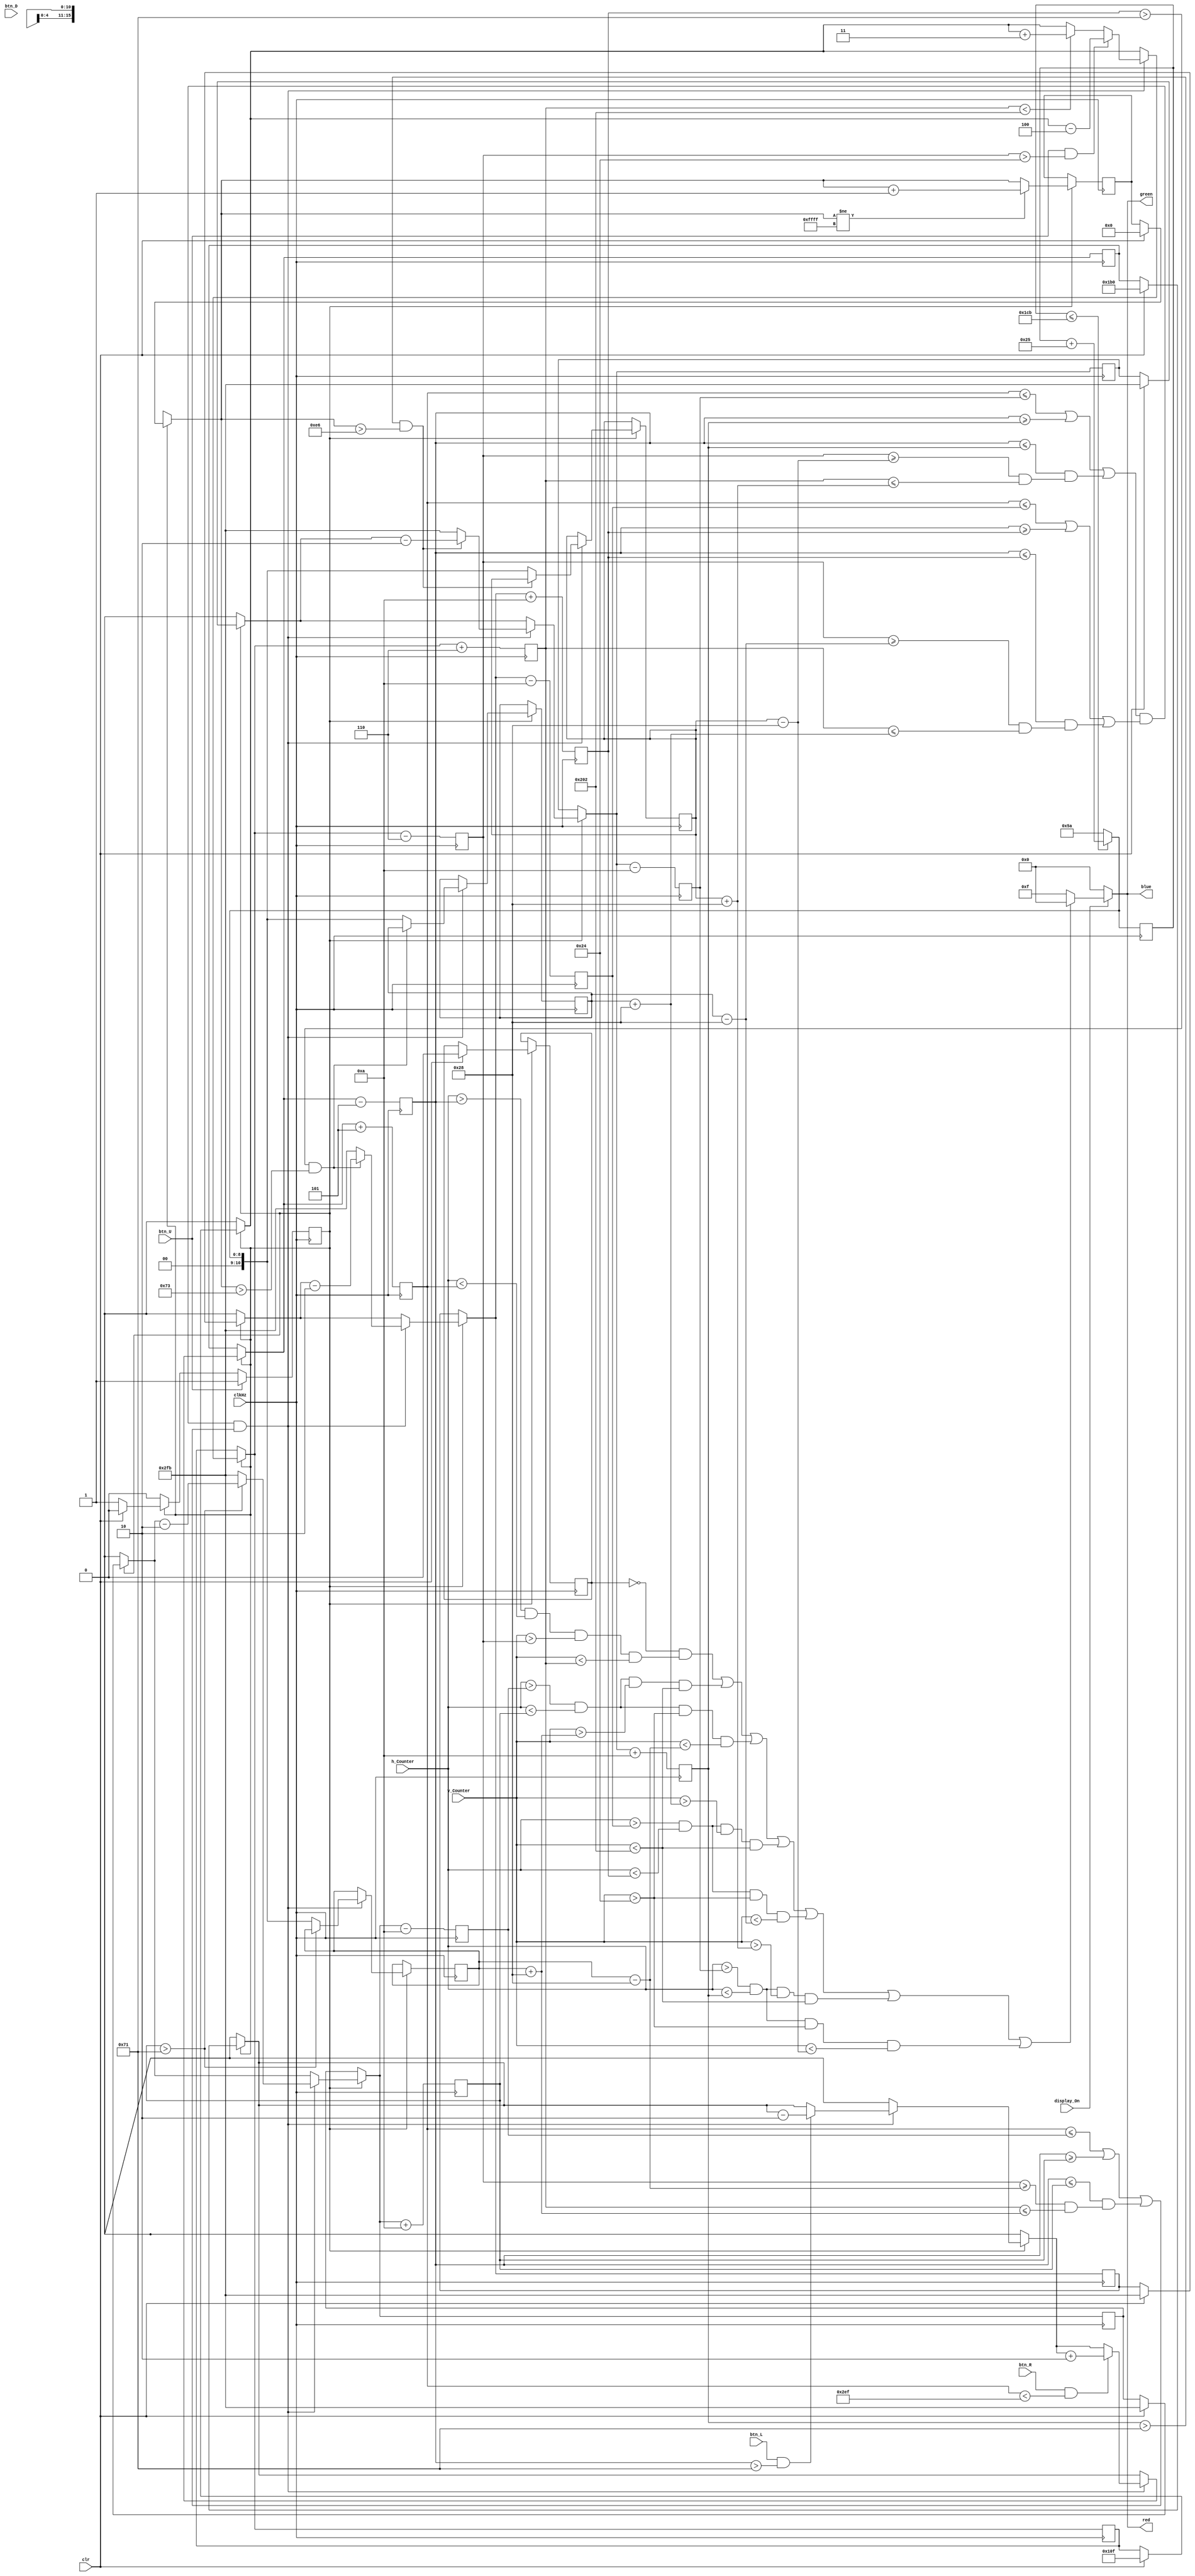
`timescale 1ns / 1ps

module out_Put(
    input wire display_On,
    input wire [9:0] h_Counter, v_Counter,
    input wire btn_U, btn_D, btn_L, btn_R,
    input wire clkHz,
    input wire clr,
    output reg [3:0] red, green, blue
    );
    
    // Screen Bounds
    localparam left_Bound = 113;
    localparam right_Bound = 751;
    localparam top_Bound = 36;
    localparam bot_Bound = 514;
    localparam midpoint = 271;
    localparam midpoint_Bot = 460;
    localparam midpoint_Top = 90;
    
    // wire for game over screen
    reg game_Over = 0;
    reg game_Start = 0;
    reg [8:0] random_Counter = midpoint_Top;
    
    // Counter for second and third pipes
    reg [15:0] counter = 0;
    
    // box information
    reg [10:0] box_X = 432;
    reg [10:0] box_Y = 271;
    reg [10:0] X_Left;
    reg [10:0] X_Right;
    reg [10:0] Y_Top;
    reg [10:0] Y_Bot;
    
    // Pipe 1 information
    reg [10:0] pipe_X = 763;
    reg [10:0] pipe_Y = bot_Bound;
    reg [10:0] p_1_Midpoint = midpoint;
    reg [10:0] p_X_Left;
    reg [10:0] p_X_Right;
    wire [10:0] p_Y_Top  = p_1_Midpoint + 40;
    reg [10:0] p_Y_Bot = bot_Bound;
    wire [10:0] p_Y_Top_Half_Bot = (p_1_Midpoint - 40);
    reg [10:0] p_Y_Top_Half_Top = top_Bound;
    
    // Pipe 2 information
    reg [10:0] pipe_2_X = 763;
    reg [10:0] pipe_2_Y = bot_Bound;
    reg [10:0] p_2_Midpoint = midpoint;
    reg [10:0] p_2_X_Left;
    reg [10:0] p_2_X_Right;
    wire [10:0] p_2_Y_Top = p_2_Midpoint + 40;
    reg [10:0] p_2_Y_Bot = bot_Bound;
    wire [10:0] p_2_Y_Top_Half_Bot = (p_2_Midpoint - 40);
    reg [10:0] p_2_Y_Top_Half_Top = top_Bound;
    
    // Pipe 3 information
    reg [10:0] pipe_3_X = 763;
    reg [10:0] pipe_3_Y = bot_Bound;
    reg [10:0] p_3_Midpoint = midpoint;
    reg [10:0] p_3_X_Left;
    reg [10:0] p_3_X_Right;
    wire [10:0] p_3_Y_Top = p_3_Midpoint + 40;
    reg [10:0] p_3_Y_Bot = bot_Bound;
    wire [10:0] p_3_Y_Top_Half_Bot = (p_3_Midpoint - 40);
    reg [10:0] p_3_Y_Top_Half_Top = top_Bound;
    
    // Update box and pipe x and y coordinates and calculate collision
    always @ (posedge clkHz)
    begin
        if(random_Counter <= midpoint_Bot - 1) random_Counter = random_Counter + 37;
        else random_Counter = midpoint_Top;
        
        if(game_Start)
        begin
            if(clr)
            begin
                box_X = 432;     box_Y = 271;
                counter = 0;
                pipe_X = 763;    pipe_Y = bot_Bound;
                pipe_2_X = 763;  pipe_2_Y = bot_Bound;
                pipe_3_X = 763;  pipe_3_Y = bot_Bound;
                game_Over = 0;
                game_Start = 0;
            end
            if(  (X_Right <= p_3_X_Left || X_Left >= p_3_X_Right 
                || ( (X_Left <= p_3_X_Right) && (Y_Top >= p_3_Y_Top_Half_Bot && Y_Bot <= p_3_Y_Top) ))
                  && (X_Right <= p_2_X_Left || X_Left >= p_2_X_Right 
                    || ( (X_Left <= p_2_X_Right) && (Y_Top >= p_2_Y_Top_Half_Bot && Y_Bot <= p_2_Y_Top) ))
                      && (X_Right <= p_X_Left || X_Left >= p_X_Right 
                        || ( (X_Left <= p_X_Right) && (Y_Top >= p_Y_Top_Half_Bot && Y_Bot <= p_Y_Top) ) ) )
            begin
                if( btn_U && Y_Top > top_Bound )                box_Y = box_Y - 4;
                else if( Y_Bot < bot_Bound )                    box_Y = box_Y + 3;
                if( btn_L && X_Left > left_Bound )              box_X = box_X - 2;
                if( btn_R && X_Right < right_Bound )            box_X = box_X + 2;
                
                if( p_X_Right > left_Bound )                    pipe_X = pipe_X - 2;
                else begin pipe_X = 763; p_1_Midpoint = random_Counter; end
                if( p_2_X_Right > left_Bound && counter > 115 )  pipe_2_X = pipe_2_X - 2;
                else begin pipe_2_X = 763; p_2_Midpoint = random_Counter; end
                if( p_3_X_Right > left_Bound && counter > 230 )  pipe_3_X = pipe_3_X - 2;
                else begin pipe_3_X = 763; p_3_Midpoint = random_Counter; end
            end
            if(counter != 16'b1111111111111111) counter = counter + 1;
        end
        X_Left = box_X - 5;
        X_Right = box_X + 5;
        Y_Top = box_Y - 6;
        Y_Bot = box_Y + 6;
        p_X_Left = pipe_X - 10;
        p_X_Right = pipe_X + 10;
        p_2_X_Left = pipe_2_X - 10;
        p_2_X_Right = pipe_2_X + 10;
        p_3_X_Left = pipe_3_X - 10;
        p_3_X_Right = pipe_3_X + 10;
        if(btn_U) game_Start = 1;
    end
    
    // Output to screen
    always @ (*)
    begin
        red = 0;
        green = 0;
        blue = 0;
        if(display_On == 1)
        begin
            if( !game_Over && ((h_Counter > X_Left) && (h_Counter < X_Right) && (v_Counter > Y_Top) && (v_Counter < Y_Bot))
                  || ((h_Counter > p_X_Left) && (h_Counter < p_X_Right) && (v_Counter > p_Y_Top) && (v_Counter < p_Y_Bot))
                    || ((h_Counter > p_X_Left) && (h_Counter < p_X_Right) && (v_Counter > p_Y_Top_Half_Top) && (v_Counter < p_Y_Top_Half_Bot))
                      || ((h_Counter > p_2_X_Left) && (h_Counter < p_2_X_Right) && (v_Counter > p_2_Y_Top) && (v_Counter < p_2_Y_Bot))
                        || ((h_Counter > p_2_X_Left) && (h_Counter < p_2_X_Right) && (v_Counter > p_2_Y_Top_Half_Top) && (v_Counter < p_2_Y_Top_Half_Bot))
                          || ((h_Counter > p_3_X_Left) && (h_Counter < p_3_X_Right) && (v_Counter > p_3_Y_Top) && (v_Counter < p_3_Y_Bot))
                            || ((h_Counter > p_3_X_Left) && (h_Counter < p_3_X_Right) && (v_Counter > p_3_Y_Top_Half_Top) && (v_Counter < p_3_Y_Top_Half_Bot)) )
            begin
                red =   4'b0000;
                green = 4'b0000;
                blue =  4'b0000;
            end else
            begin
                red =   4'b1111;
                green = 4'b1111;
                blue =  4'b1111;
            end
        end
    end
endmodule